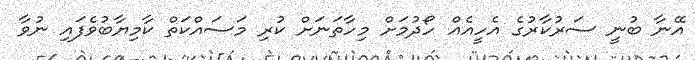
އޭނާ ބުނީ ސަރުކާރުގެ އެހީއެއް ހޯދުމަށް މިހާތަނަށް ކުރި މަސައްކަތް ކާމިޔާބުވެފައި ނުވާ